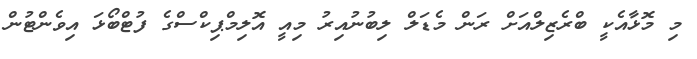
މި މޮޅާއެކީ ބްރެޒިލްއަށް ރަން މެޑަލް ލިބުނުއިރު މިއީ އޮލިމްޕިކްސްގެ ފުޓްބޯޅަ އިވެންޓުން